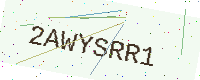
Text: 2AWYSRR1